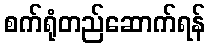
စက်ရုံတည်ဆောက်ရန်